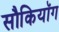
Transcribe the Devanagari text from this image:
सौकियॉग